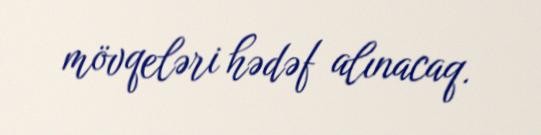
mövqeləri hədəf alınacaq.